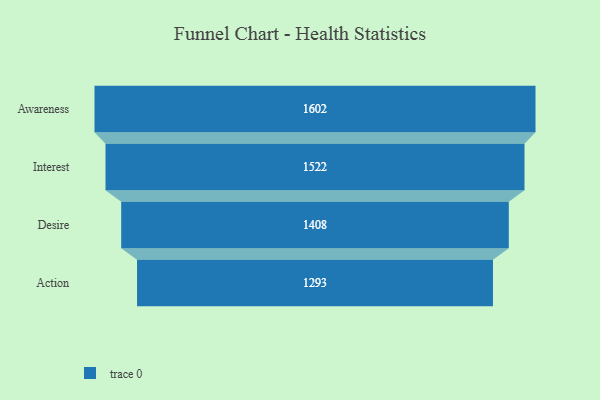
{"axis": {"x": "Stage", "y": "Value"}, "legend": [""], "data": [{"x": "Awareness", "y": 1602.0, "type": ""}, {"x": "Interest", "y": 1522.0, "type": ""}, {"x": "Desire", "y": 1408.0, "type": ""}, {"x": "Action", "y": 1293.0, "type": ""}]}